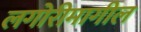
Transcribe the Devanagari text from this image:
लगोरीमागील